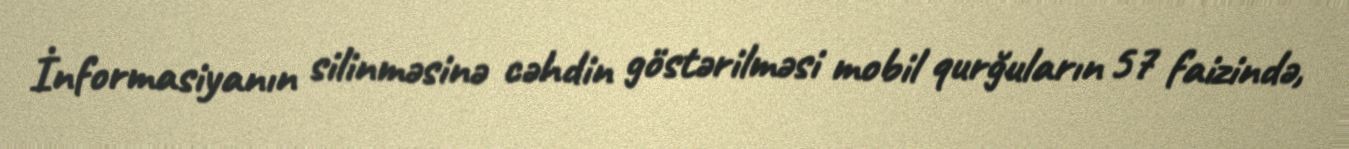
İnformasiyanın silinməsinə cəhdin göstərilməsi mobil qurğuların 57 faizində,